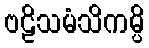
ဗဠိသမံသိကမ္ပိ